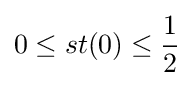
0\leq st(0)\leq {\frac {1}{2}}